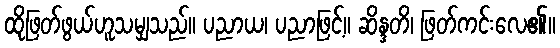
ထိုဖြတ်ဖွယ်ဟူသမျှသည်။ ပညာယ၊ ပညာဖြင့်။ ဆိန္ဒတိ၊ ဖြတ်ကင်းလေ၏။